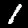
Digit: 1